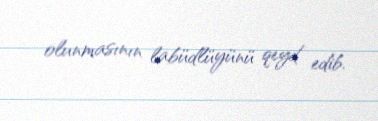
olunmasının labüdlüyünü qeyd edib.